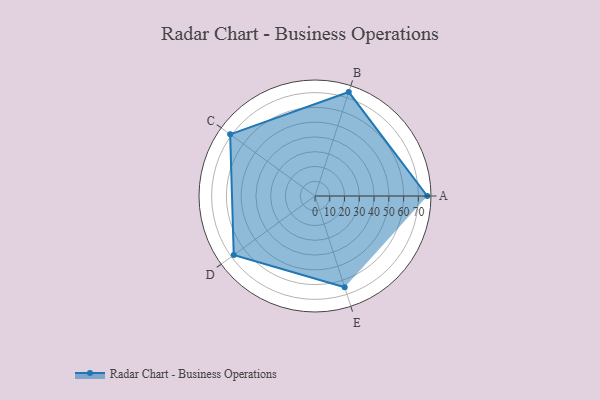
{"axis": {"x": "Skill", "y": "Score"}, "legend": ["Profile"], "data": [{"x": "A", "y": 76.0, "type": "Profile"}, {"x": "B", "y": 74.0, "type": "Profile"}, {"x": "C", "y": 71.0, "type": "Profile"}, {"x": "D", "y": 68.0, "type": "Profile"}, {"x": "E", "y": 65.0, "type": "Profile"}]}